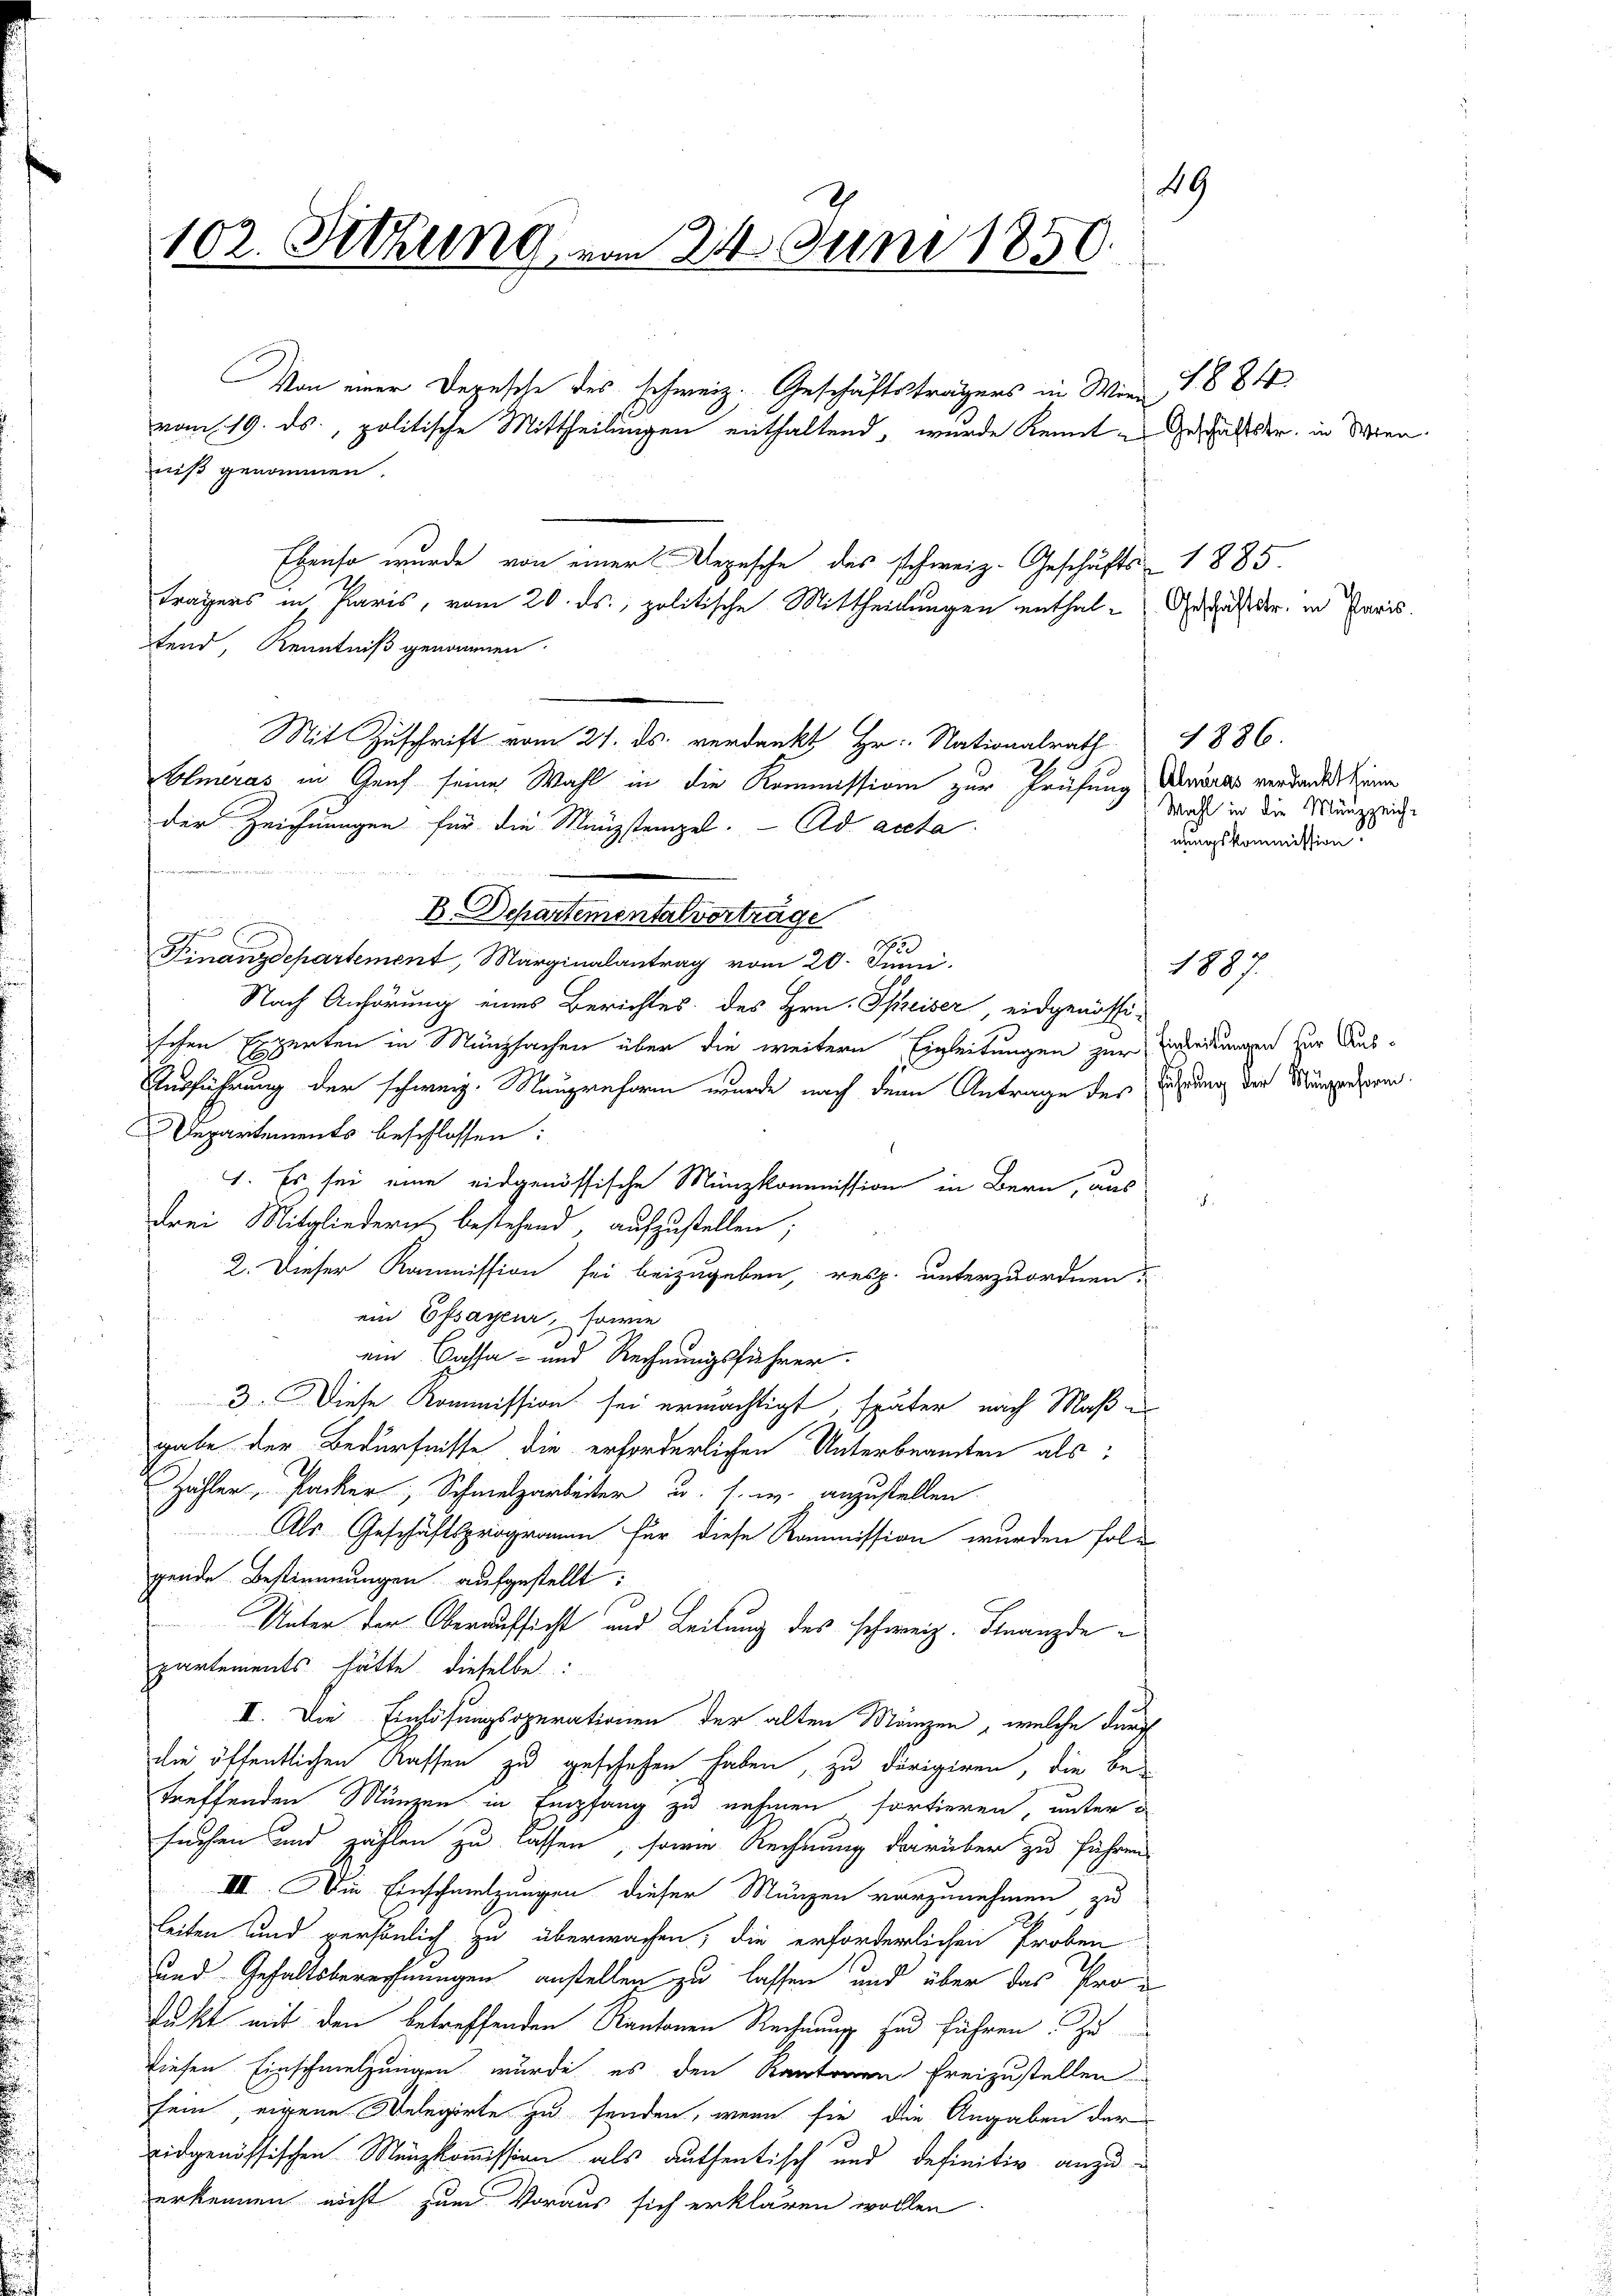
49
102. Setzung vom 24. Juni 1850.

vom 19. ds., politische Mittheilungen enthaltend, wurde kennt in Geschäftster, in Wien
niß genommen.
Ebenso wurde von einer Depesche des schweiz. Geschäfts- 1885.
tragers in Paris, vom 20. ds., politische Mittheilungen enthal-Anstalt der in Paris.
tend, Kenntniß genommen.

Mit Zuschrift vom 21. ds. verdankt Hr. Nationalrath
Elmeras in Genf seine Wahl in die Kommission zur Prüfung Marias verdankt hin
der Zeichnungen für die Münzsteigel. Ad acta
B. Departementalverträge
2
Finanzdepartement, Marginalantrag vom 20. Junii
Nach Anhörung eines Berichtes des Hrn. Speiser, eidgenössi
schen Experten in Münzsachen über die weitern Einleitungen zur werden zur Aus¬
Ausführung der schweiz. Maupreform wurde nach dem Antrage des Sitzung der Mangenom
Departements beschlossen:
1. Es sei eine eidgenössische Münzkommission in Bern, aus
drei Mitgliedern bestehend, aufzustellen;
2. Dieser Kommission sei beizugeben, resp. unterzuordnen,
ein Essayeur, sowie
ein Cassa- und Rechnungsführer.
3. Diese Kommission sei ermächtigt, später nach Maße
gabe der Bedürfnisse die erforderlichen Unterbeamten als:
Zähler, Packer, Schmelzarbeiter u. s. w. anzustellen
Als Geschäftsprogramm für diese Kommission wurden fol
gende Bestimmungen aufgestellt:
Unter der Oberaufsicht und Leitung des schweiz. Finanzde
partements hätte dieselbe:
II. Die Einlösungsoperationen der alten Mänzen, welche durch
die öffentlichen Kassen zu geschehen haben, zu dirigiren, die be-
treffenden Münzen in Empfang zu nehmen fortieren, unter d
suchen und zählen zu lassen, sowie Rechnung darüber zu führen
IIII. Die Einschmelzungen dieser Münzen vorzunehmen, zu
leiten und persönlich zu überwachen; die erforderlichen Proben
2
und Gehaltsberechnungen anstellen zu lassen und über das Profukt mit den betreffenden Kantonen Rechnung zu führen. Zu
Diesen Einschmelzungen wurde es den Kantonen Freizustellen
sein, eigene Delegirte zu senden, wenn sie die Angaben der
eidgenössischen Menzkommission als authentisch und definitiv anzuerkennen nicht zum Voraus sich erklären wollen

Von einer Depesche des Schweiz. Geschäftsträgers in Wien, 1884

1886.
Wahl in die Münzzeich-
nungskommission.

1887